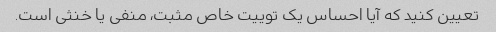
تعیین کنید که آیا احساس یک توییت خاص مثبت، منفی یا خنثی است.